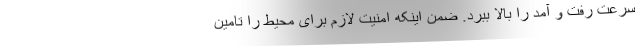
سرعت رفت و آمد را بالا ببرد. ضمن اینکه امنیت لازم برای محیط را تامین